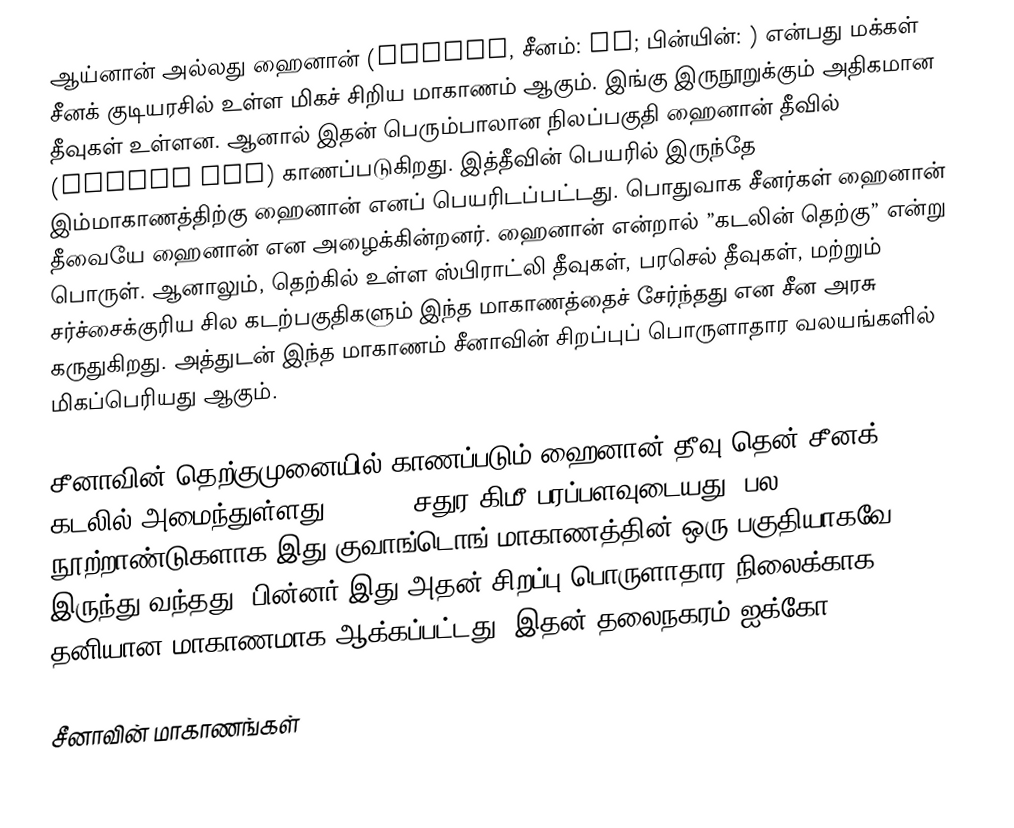
ஆய்னான் அல்லது ஹைனான் (Hainan, சீனம்: 海南; பின்யின்: ) என்பது மக்கள் சீனக் குடியரசில் உள்ள மிகச் சிறிய மாகாணம் ஆகும். இங்கு இருநூறுக்கும் அதிகமான தீவுகள் உள்ளன. ஆனால் இதன் பெரும்பாலான நிலப்பகுதி ஹைனான் தீவில் (Hainan Dao) காணப்படுகிறது. இத்தீவின் பெயரில் இருந்தே இம்மாகாணத்திற்கு ஹைனான் எனப் பெயரிடப்பட்டது. பொதுவாக சீனர்கள் ஹைனான் தீவையே ஹைனான் என அழைக்கின்றனர். ஹைனான் என்றால் ”கடலின் தெற்கு” என்று பொருள். ஆனாலும், தெற்கில் உள்ள ஸ்பிராட்லி தீவுகள், பரசெல் தீவுகள், மற்றும் சர்ச்சைக்குரிய சில கடற்பகுதிகளும் இந்த மாகாணத்தைச் சேர்ந்தது என சீன அரசு கருதுகிறது. அத்துடன் இந்த மாகாணம் சீனாவின் சிறப்புப் பொருளாதார வலயங்களில் மிகப்பெரியது ஆகும்.

சீனாவின் தெற்குமுனையில் காணப்படும் ஹைனான் தீவு தென் சீனக் கடலில் அமைந்துள்ளது. 33,920 சதுர கிமீ பரப்பளவுடையது. பல நூற்றாண்டுகளாக இது குவாங்டொங் மாகாணத்தின் ஒரு பகுதியாகவே இருந்து வந்தது. பின்னர் இது அதன் சிறப்பு பொருளாதார நிலைக்காக தனியான மாகாணமாக ஆக்கப்பட்டது. இதன் தலைநகரம் ஐக்கோ (Haikou).

சீனாவின் மாகாணங்கள்